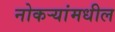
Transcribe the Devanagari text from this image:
नोकऱ्यांमधील